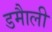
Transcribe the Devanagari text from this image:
डमाैली